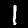
Digit: 1